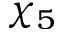
\chi _ { 5 }